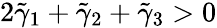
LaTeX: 2\tilde{\gamma}_{1}+\tilde{\gamma}_{2}+\tilde{\gamma}_{3}>0